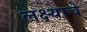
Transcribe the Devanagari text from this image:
लक्ष्याचे